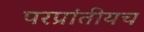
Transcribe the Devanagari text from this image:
परप्रांतीयच